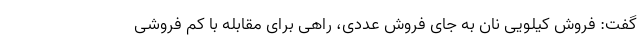
گفت: فروش کیلویی نان به جای فروش عددی، راهی برای مقابله با کم فروشی